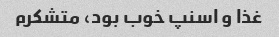
غذا و اسنپ خوب بود، متشکرم